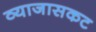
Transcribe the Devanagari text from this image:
व्याजासकट